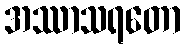
အဿာသရတော